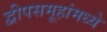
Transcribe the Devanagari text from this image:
द्वीपसमूहांमध्ये